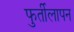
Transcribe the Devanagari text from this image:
फुर्तीलापन